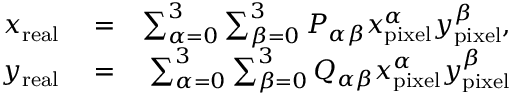
\begin{array} { r l r } { x _ { \mathrm { r e a l } } } & { { } = } & { \sum _ { \alpha = 0 } ^ { 3 } \sum _ { \beta = 0 } ^ { 3 } P _ { \alpha \beta } x _ { \mathrm { p i x e l } } ^ { \alpha } y _ { \mathrm { p i x e l } } ^ { \beta } , } \\ { y _ { \mathrm { r e a l } } } & { { } = } & { \sum _ { \alpha = 0 } ^ { 3 } \sum _ { \beta = 0 } ^ { 3 } Q _ { \alpha \beta } x _ { \mathrm { p i x e l } } ^ { \alpha } y _ { \mathrm { p i x e l } } ^ { \beta } } \end{array}